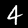
Digit: 4